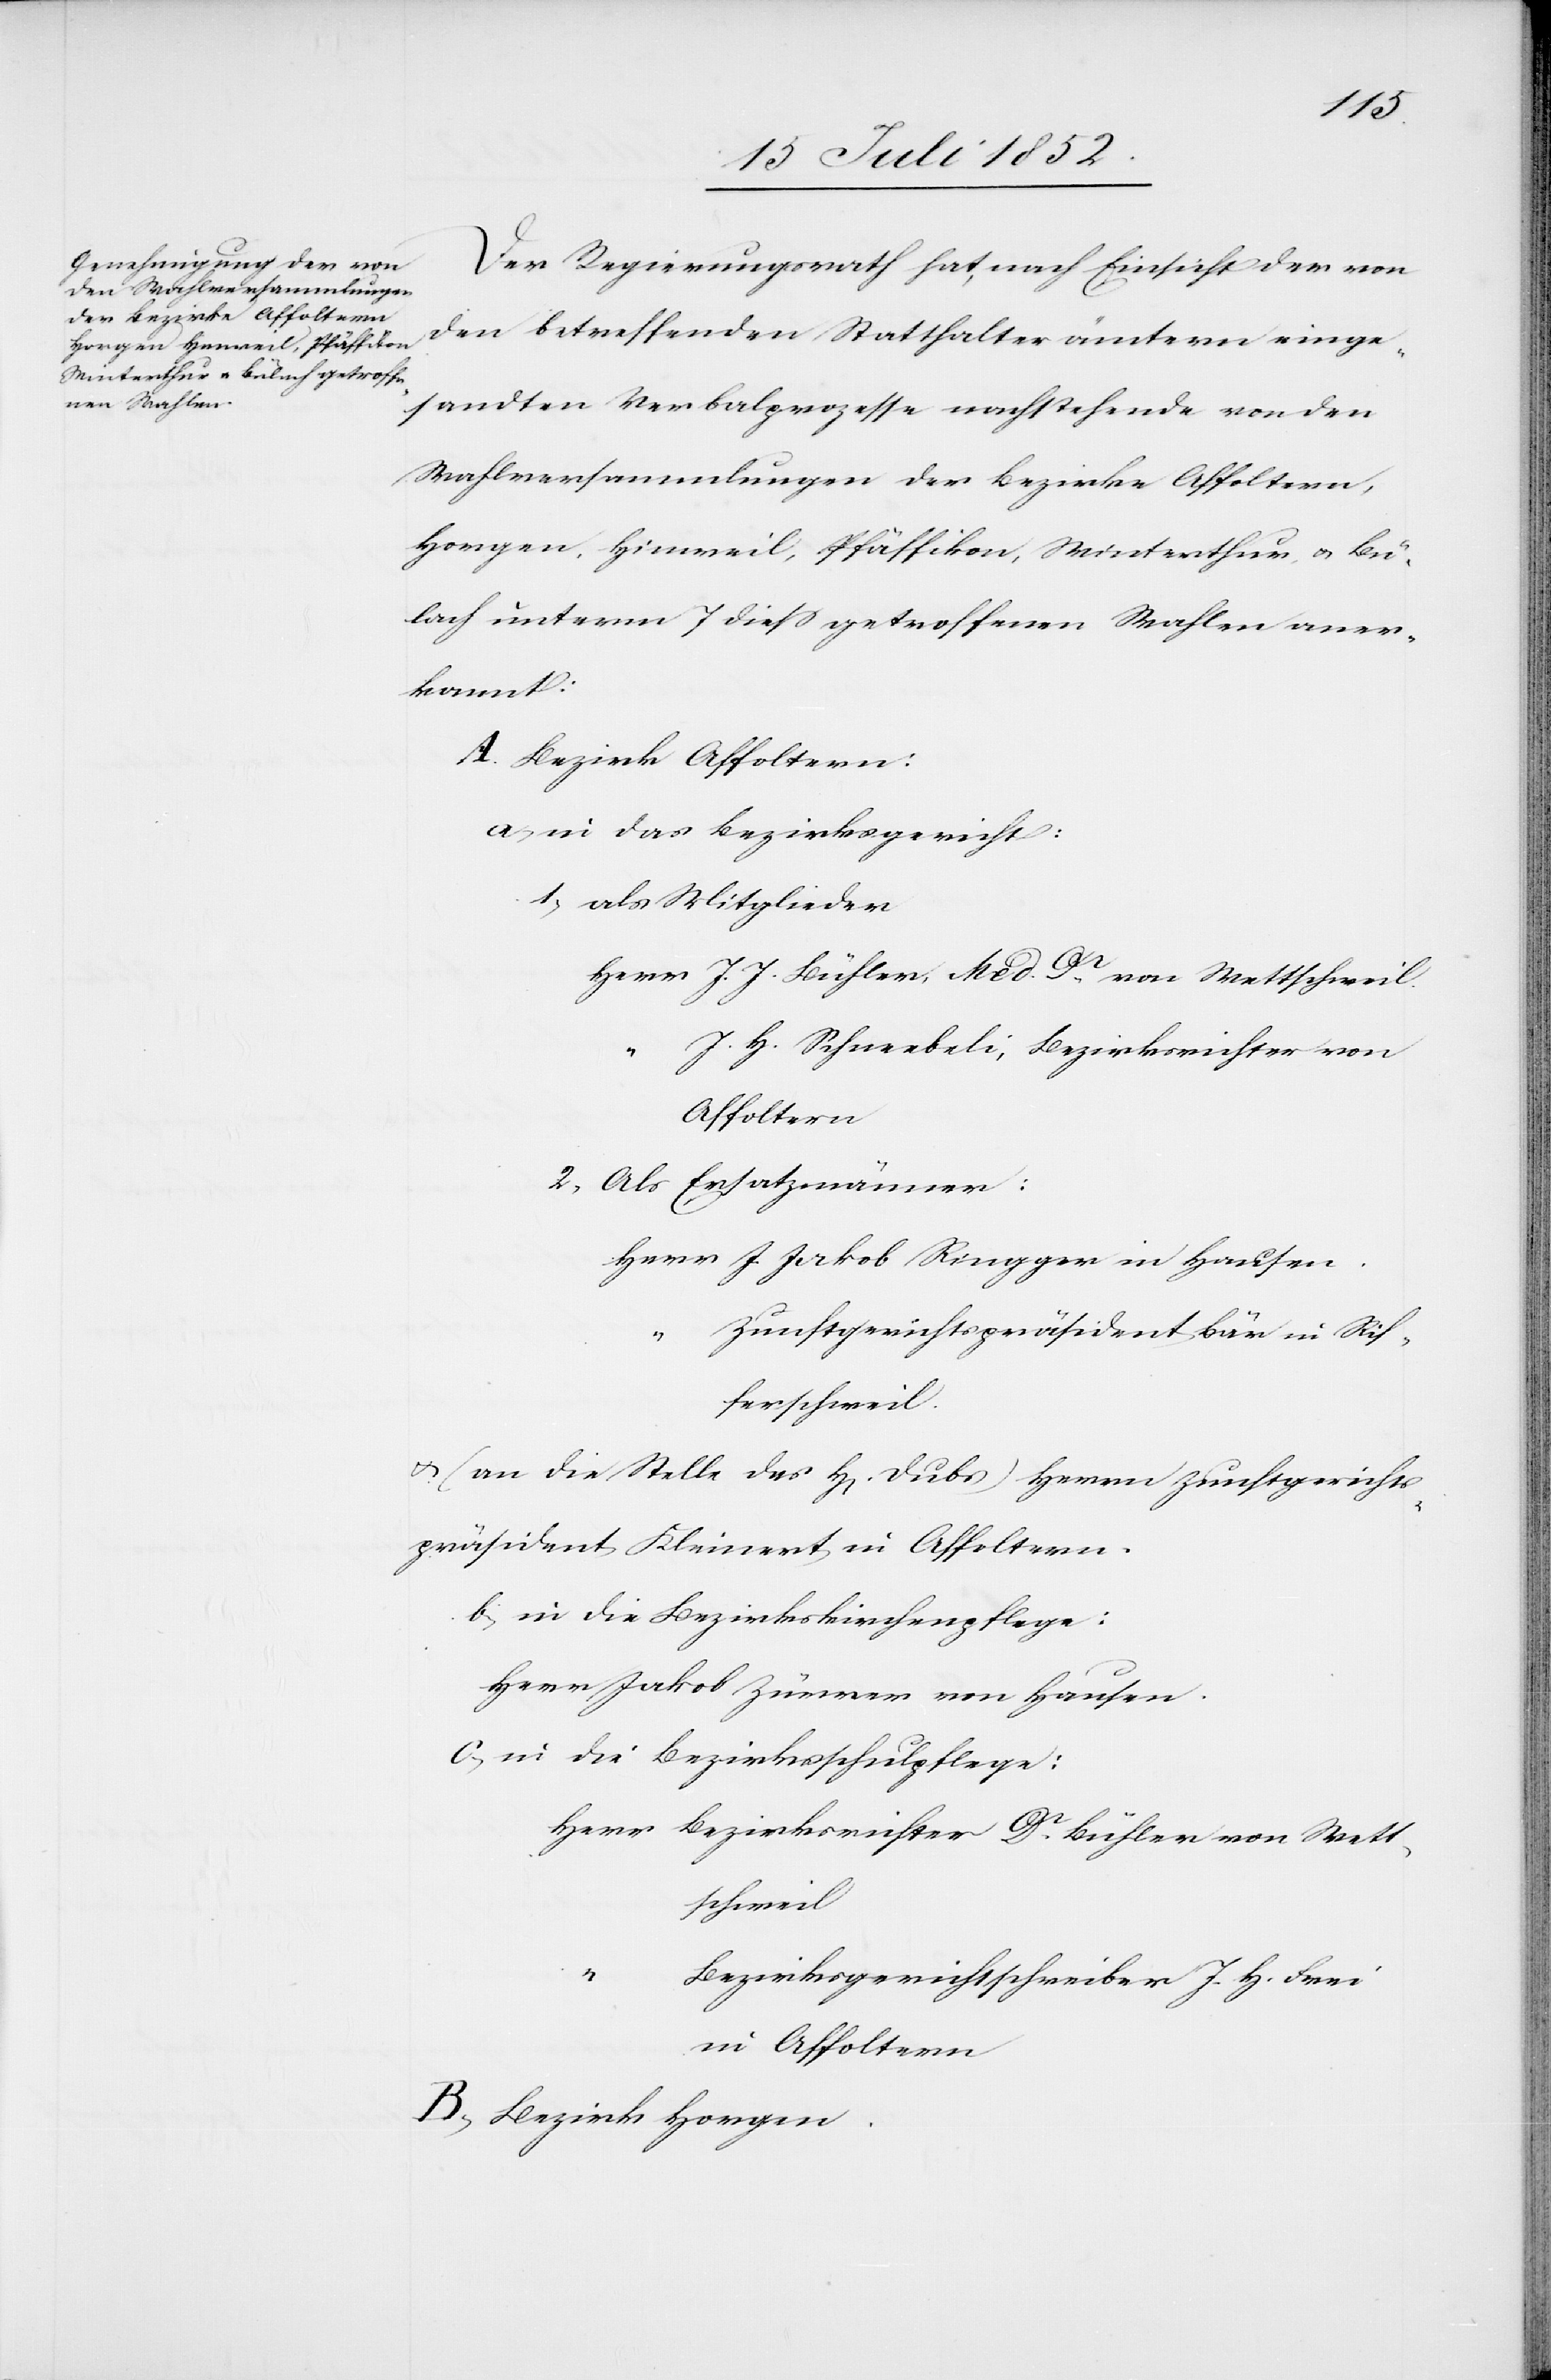
Der Regierungsrath hat, nach Einsicht der von
den betreffenden Statthalterämtern einge¬
sandten Verbalprozesse nachstehende von den
Wahlversammlungen der Bezirke Affoltern,
Horgen, Hinweil, Pfäffikon, Winterthur & Bü¬
lach unterm 7 diess getroffenen Wahlen aner¬
kannt:
Bezirk Affoltern:
in das Bezirksgericht:
als Mitglieder
Herr J. J. Bühler, Med. Dr. von Wettschweil.
“ J. H. Schneebeli, Bezirksrichter von
Affoltern
Als Ersatzmänner:
Herr J. Jakob Ringger in Hausen.
“ Zunftgerichtspräsident Bär in Rif¬
ferschweil.
& (an die Stelle des H[errn] Dubs) Herrn Zunftgerichts¬
präsident Kleinert in Affoltern.
in die Bezirkskirchenpflege:
Herr Jakob Zürrer von Hausen.
in die Bezirksschulpflege:
Herr Bezirksrichter Dr. Bühler von Wett¬
schweil
“
Bezirksgerichtschreiber J. H. Frei
in Affoltern
Bezirk Horgen.